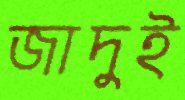
জাদুই